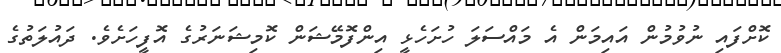
ކޮށްފައި ނުވުމުން އައިމަން އެ މައްސަލަ ހުށަހެޅީ އިންފޮމޭޝަން ކޮމިޝަނަރުގެ އޮފީހަށެވެ. ދައުލަތުގެ